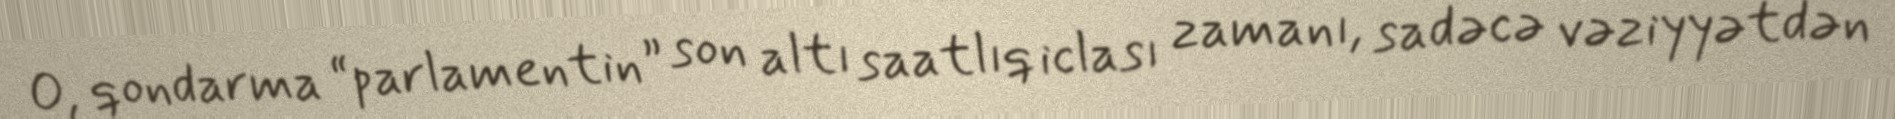
O, qondarma “parlamentin” son altı saatlıq iclası zamanı, sadəcə vəziyyətdən